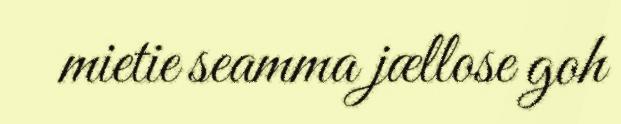
mietie seamma jællose goh